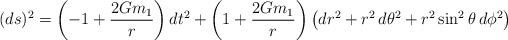
\begin{align*}(ds)^2=\left(-1+\frac{2Gm_1}{r}\right) dt^2 + \left( 1+ \frac{2Gm_1}{r} \right) \bigl( dr^2+r^2\,d\theta^2+r^2\sin^2 \theta\, d\phi^2 \bigr) \end{align*}